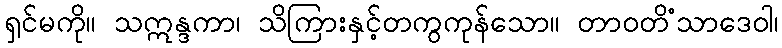
ရှင်မကို။ သဣန္ဒကာ၊ သိကြားနှင့်တကွကုန်သော။ တာဝတိံသာဒေဝါ၊